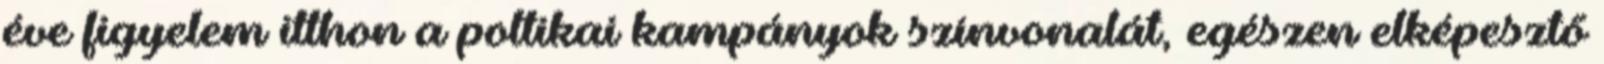
éve figyelem itthon a poltikai kampányok színvonalát, egészen elképesztő